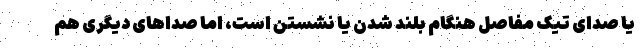
یا صدای تیک مفاصل هنگام بلند شدن یا نشستن است، اما صدا‌های دیگری هم